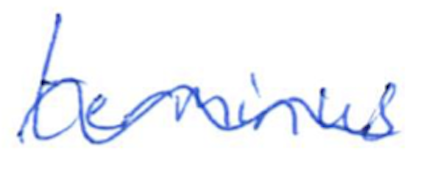
Text: terminus
Cross-out: wave
Writing tool: ballpoint